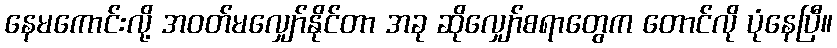
နေမကောင်းလို့ အဝတ်မလျှော်နိုင်တာ အခု ဆိုလျှော်စရာတွေက တောင်လို ပုံနေပြီ။